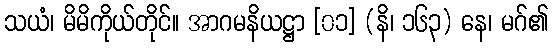
သယံ၊ မိမိကိုယ်တိုင်။ အာဂမနိယဋ္ဌာ [၀၁] (နိ၊ ၁၆၃) နေ၊ မဂ်၏